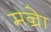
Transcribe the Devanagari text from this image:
मन्रेा